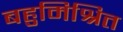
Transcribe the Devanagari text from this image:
बहुमिश्रित